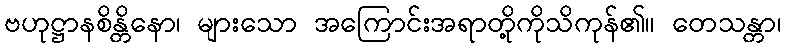
ဗဟုဋ္ဌာနစိန္တိနော၊ များသော အကြောင်းအရာတို့ကိုသိကုန်၏။ တေသန္တာ၊